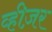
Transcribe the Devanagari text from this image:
व्हीज़र